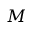
M